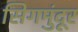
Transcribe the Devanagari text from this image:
सिगमुंदूर